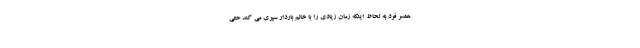
همسر فرد به لحاظ اینکه زمان زیادی را با خانم باردار سپری می کند حتی